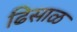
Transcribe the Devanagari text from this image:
ढिसाळ